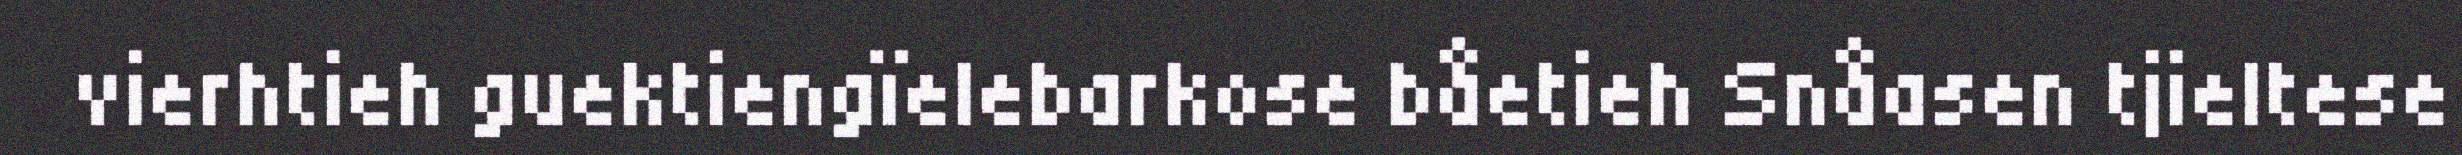
vierhtieh guektiengïelebarkose båetieh Snåasen tjieltese